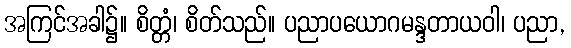
အကြင်အခါ၌။ စိတ္တံ၊ စိတ်သည်။ ပညာပယောဂမန္ဒတာယဝါ၊ ပညာ,